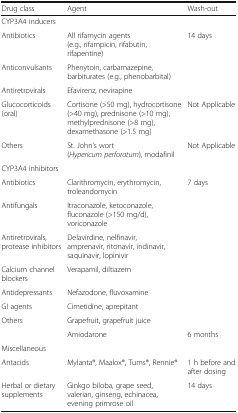
<table><thead><tr><td><b>Drug class</b></td><td><b>Agent</b></td><td><b>Wash-out</b></td></tr></thead><tbody><tr><td colspan="3">CYP3A4 inducers</td></tr><tr><td>Antibiotics</td><td>All rifamycin agents (e.g., rifampicin, rifabutin, rifapentine)</td><td rowspan="3">14 days</td></tr><tr><td>Anticonvulsants</td><td>Phenytoin, carbamazepine, barbiturates (e.g., phenobarbital)</td></tr><tr><td>Antiretrovirals</td><td>Efavirenz, nevirapine</td></tr><tr><td>Glucocorticoids (oral)</td><td>Cortisone (&gt;50 mg), hydrocortisone (&gt;40 mg), prednisone (&gt;10 mg), methylprednisone (&gt;8 mg), dexamethasone (&gt;1.5 mg)</td><td>Not Applicable</td></tr><tr><td>Others</td><td>St. John’s wort (<i>Hypericum perforatum</i>), modafinil</td><td>Not Applicable</td></tr><tr><td colspan="3">CYP3A4 inhibitors</td></tr><tr><td>Antibiotics</td><td>Clarithromycin, erythromycin, troleandomycin</td><td rowspan="7">7 days</td></tr><tr><td>Antifungals</td><td>Itraconazole, ketoconazole, fluconazole (&gt;150 mg/d), voriconazole</td></tr><tr><td>Antiretrovirals, protease inhibitors</td><td>Delavirdine, nelfinavir, amprenavir, ritonavir, indinavir, saquinavir, lopinivir</td></tr><tr><td>Calcium channel blockers</td><td>Verapamil, diltiazem</td></tr><tr><td>Antidepressants</td><td>Nefazodone, fluvoxamine</td></tr><tr><td>GI agents</td><td>Cimetidine, aprepitant</td></tr><tr><td rowspan="2">Others</td><td>Grapefruit, grapefruit juice</td></tr><tr><td>Amiodarone</td><td>6 months</td></tr><tr><td colspan="3">Miscellaneous</td></tr><tr><td>Antacids</td><td>Mylanta®, Maalox®, Tums®, Rennie®</td><td>1 h before and after dosing</td></tr><tr><td>Herbal or dietary supplements</td><td>Ginkgo biloba, grape seed, valerian, ginseng, echinacea, evening primrose oil</td><td>14 days</td></tr></tbody></table>